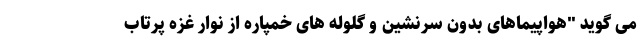
می گوید "هواپیماهای بدون سرنشین و گلوله های خمپاره از نوار غزه پرتاب